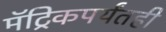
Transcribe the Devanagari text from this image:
मॅट्रिकपर्यंतही